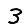
Digit: 3